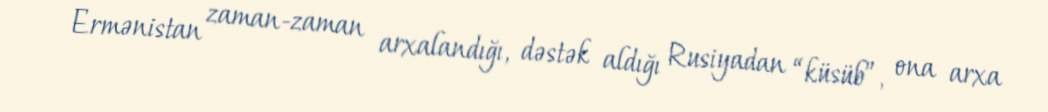
Ermənistan zaman-zaman arxalandığı, dəstək aldığı Rusiyadan “küsüb”, ona arxa